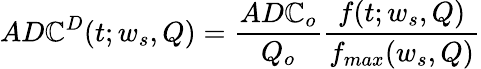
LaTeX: AD\mathbb{C}^{D}(t;w_{s},Q)=\frac{{AD\mathbb{C}_{o}}}{{Q_{o}}}\frac{{f(t;w_{s},Q)}}{{f_{max}(w_{s},Q)}}